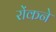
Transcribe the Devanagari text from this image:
रोंकने